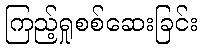
ကြည့်ရှုစစ်ဆေးခြင်း